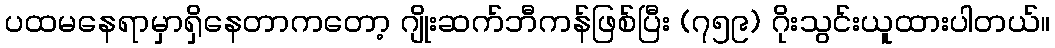
ပထမနေရာမှာရှိနေတာကတော့ ဂျိုးဆက်ဘီကန်ဖြစ်ပြီး (၇၅၉) ဂိုးသွင်းယူထားပါတယ်။